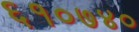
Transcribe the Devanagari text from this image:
६१०७४०